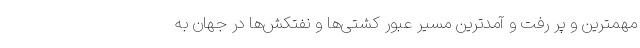
مهمترین و پر رفت و آمدترین مسیر عبور کشتی‌ها و نفتکش‌ها در جهان به